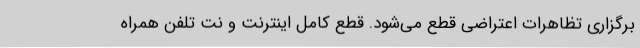
برگزاری تظاهرات اعتراضی قطع می‌شود. قطع کامل اینترنت و نت تلفن همراه